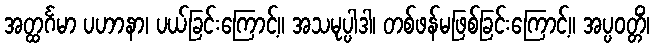
အတ္ထင်္ဂမာ ပဟာနာ၊ ပယ်ခြင်းကြောင့်။ အသမုပ္ပါဒါ၊ တစ်ဖန်မဖြစ်ခြင်းကြောင့်။ အပ္ပဝတ္တိံ၊